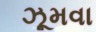
ઝૂમવા